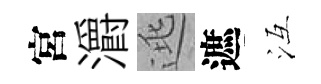
宮灂逃遮冱